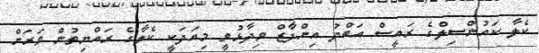
ކެލާ ކައުންސިލްގެ ރައީސް އަބްދު އިންފާޒް ވިދާޅުވީ މިއަދަކީ ކެލާގެ ރައްޔިތުން ވަރަށް